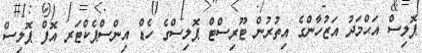
ޕޮލިސް އަޙްމަދު އަޒުހާންގެ އިތުރުން ޓޫރިސްޓް ޕޮލިސްގެ ހެޑް އިންސްޕެކްޓަރ އޮފް ޕޮލިސް